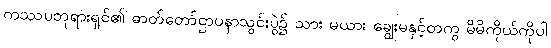
ကဿပဘုရားရှင်၏ ဓာတ်တော်ဌာပနာသွင်းပွဲ၌ သား မယား ချွေးမနှင့်တကွ မိမိကိုယ်ကိုပါ